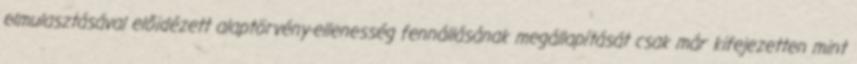
elmulasztásával előidézett alaptörvény-ellenesség fennállásának megállapítását csak már kifejezetten mint